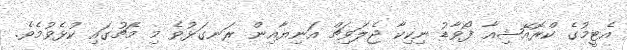
އެޓީމުގެ ކްރޮއޭޝިއާ ފޯވާޑު ނިކިކާ ޖެލަވިޗް އަނިޔާއިން ރަނގަޅުވެ މި މެޗުގައި ކުޅެވުމެވެ.